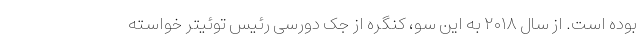
بوده است. از سال ۲۰۱۸ به این سو، کنگره از جک دورسی رئیس توئیتر خواسته